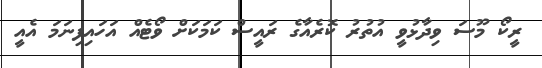
ރީކޯ މޫސަ ވިދާޅުވީ އުތުރު ކޮރެއާގެ ރައީސް ކަމަކަށް ވޯޓެއް އަހައިފިނަމަ އެއީ